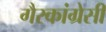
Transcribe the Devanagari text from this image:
गैरकांग्रेसी